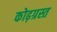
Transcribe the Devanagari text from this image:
कोढ़ग्रस्त